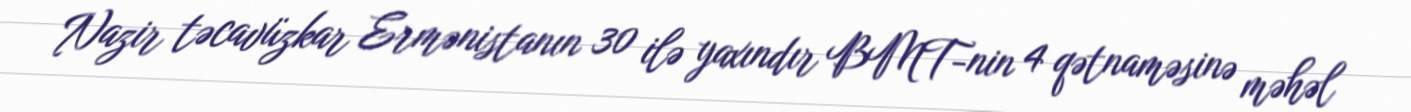
Nazir təcavüzkar Ermənistanın 30 ilə yaxındır BMT-nin 4 qətnaməsinə məhəl